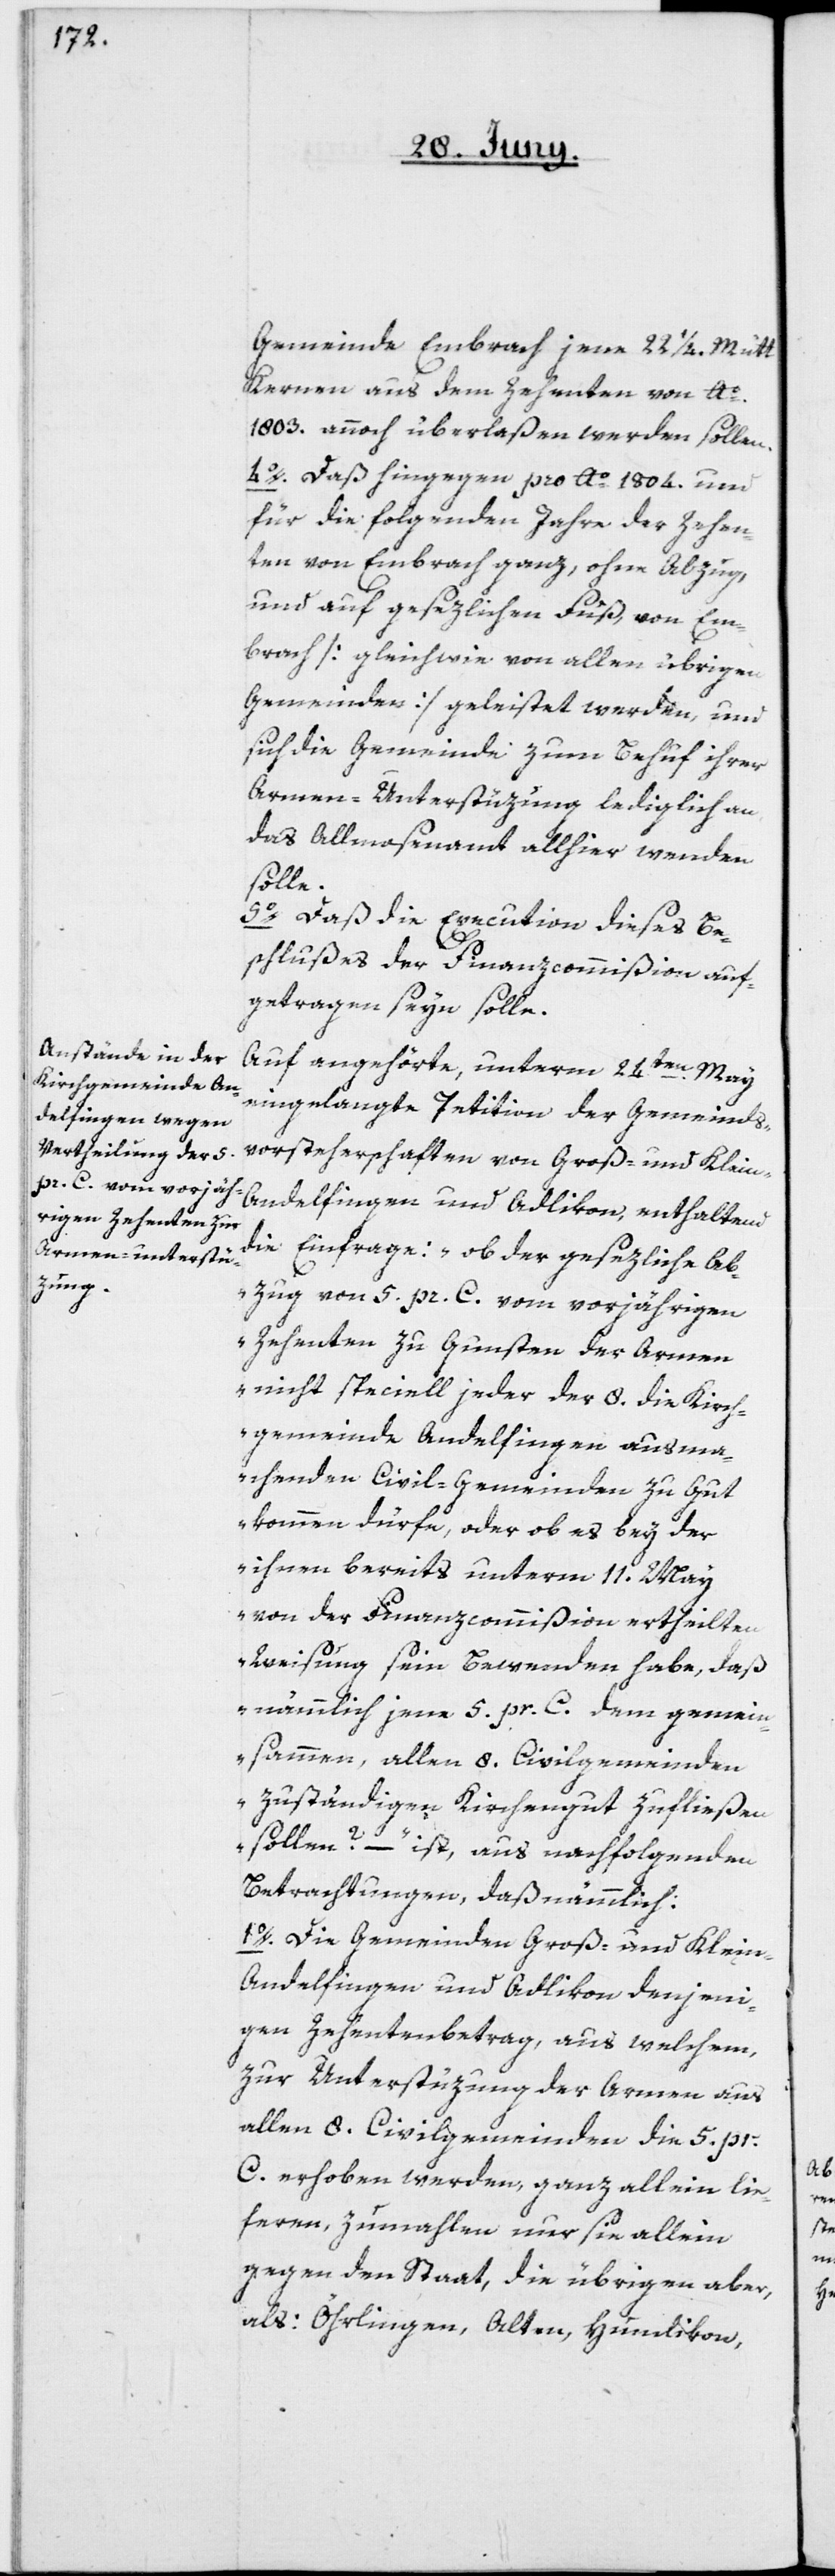
Gemeinde Embrach jene 22 1/4 Mütt
Kernen aus dem Zehenten von Ao
1803. annoch überlaßen werden sollen.
4o. Daß hingegen pro Ao 1804. und
für die folgenden Jahre der Zehen¬
ten von Embrach ganz, ohne Abzug
und auf gesezlichen Fuß von Em¬
brach [gleichwie von allen übrigen
Gemeinden] geleistet werden, und
sich die Gemeinde zum Behuf ihrer
Armen-Unterstüzung lediglich an
das Allmosenamt allhier wenden
solle.
5o. Daß die Execution dieses Be¬
schlußes der Finanzcommißion auf¬
getragen seyn solle.
Auf angehörte, unterm 24ten May
eingelangte Petition der Gemeinds¬
vorsteherschaften von Groß- und Klein-A¬
ndelfingen und Adlikon, enthaltend
die Einfrage: „ob der gesezliche Ab¬
zug von 5 pr. C. vom vorjährigen
Zehenten zu Gunsten der Armen
nicht speciell jeder der 8. die Kirch¬
gemeinde Andelfingen ausma¬
chenden Civil-Gemeinden zu Gut
kommen dürfe, oder ob es bey der
ihnen bereits unterm 11. May
von der Finanzcommißion ertheilten
Weisung sein Bewenden habe, daß
nämmlich jene 5 pr. C. dem gemein¬
sammen, allen 8. Civilgemeinden
zuständigen Kirchengut zufließen
sollen“? – ist, aus nachfolgenden
Betrachtungen, daß nämmlich:
1o. Die Gemeinden Groß- und Klein-A¬
ndelfingen und Adlikon denjeni¬
gen Zehentenbetrag, aus welchem,
zur Unterstüzung der Armen aus
allen 8. Civilgemeinden die 5 pr.
C. erhoben werden, ganz allein lie¬
feren, zumahlen nur sie allein
gegen den Staat, die übrigen aber,
als Öhrlingen, Alten, Humlikon,